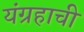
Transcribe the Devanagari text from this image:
यंग्रहाची